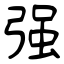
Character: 强